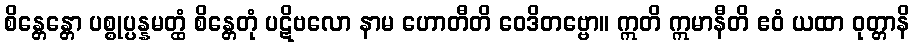
စိန္တေန္တော ပစ္စုပ္ပန္နမတ္ထံ စိန္တေတုံ ပဋိဗလော နာမ ဟောတီတိ ဝေဒိတဗ္ဗော။ ဣတိ ဣမာနီတိ ဧဝံ ယထာ ဝုတ္တာနိ